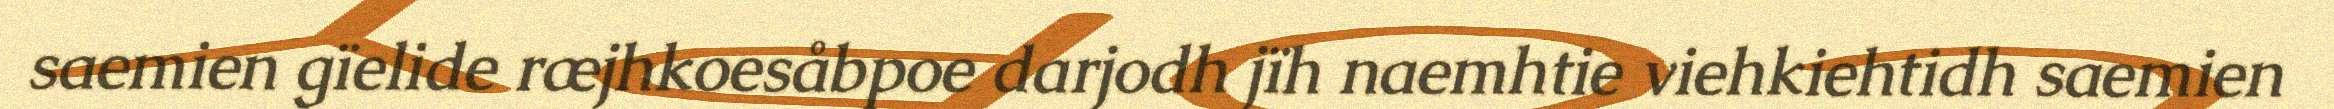
saemien gïelide ræjhkoesåbpoe darjodh jïh naemhtie viehkiehtidh saemien